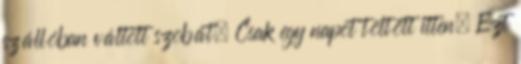
szállóban váltott szobát. Csak egy napot töltött itten. Ezt